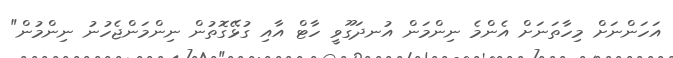
އަހަންނަށް މިހާތަނަށް އެންމެ ނިންމަން އުނދަގޫވީ ހާޓް އާއި ގުޅޭގޮތުން ނިންމަންޖެހުނު ނިންމުން"